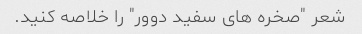
شعر "صخره های سفید دوور" را خلاصه کنید.